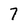
Character: 7